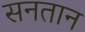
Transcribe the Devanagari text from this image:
सनतान